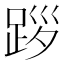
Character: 𨀨